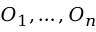
O _ { 1 } , \dots , O _ { n }